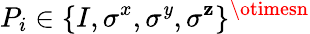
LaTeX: P_{i}\in\{ I,\sigma^{x},\sigma^{\mathit{y}},\sigma^{\mathbf{z}}\} ^{\otimesn}